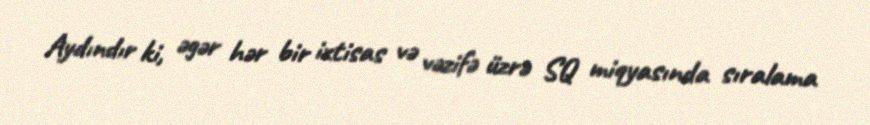
Aydındır ki, əgər hər bir ixtisas və vəzifə üzrə SQ miqyasında sıralama